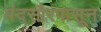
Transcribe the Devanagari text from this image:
मंदसौरपासून